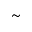
\scriptstyle \mathtt { \sim }